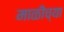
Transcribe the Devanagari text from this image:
माळीच्या